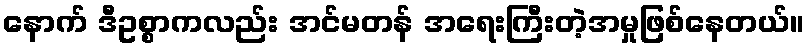
နောက် ဒီဥစ္စာကလည်း အင်မတန် အရေးကြီးတဲ့အမှုဖြစ်နေတယ်။